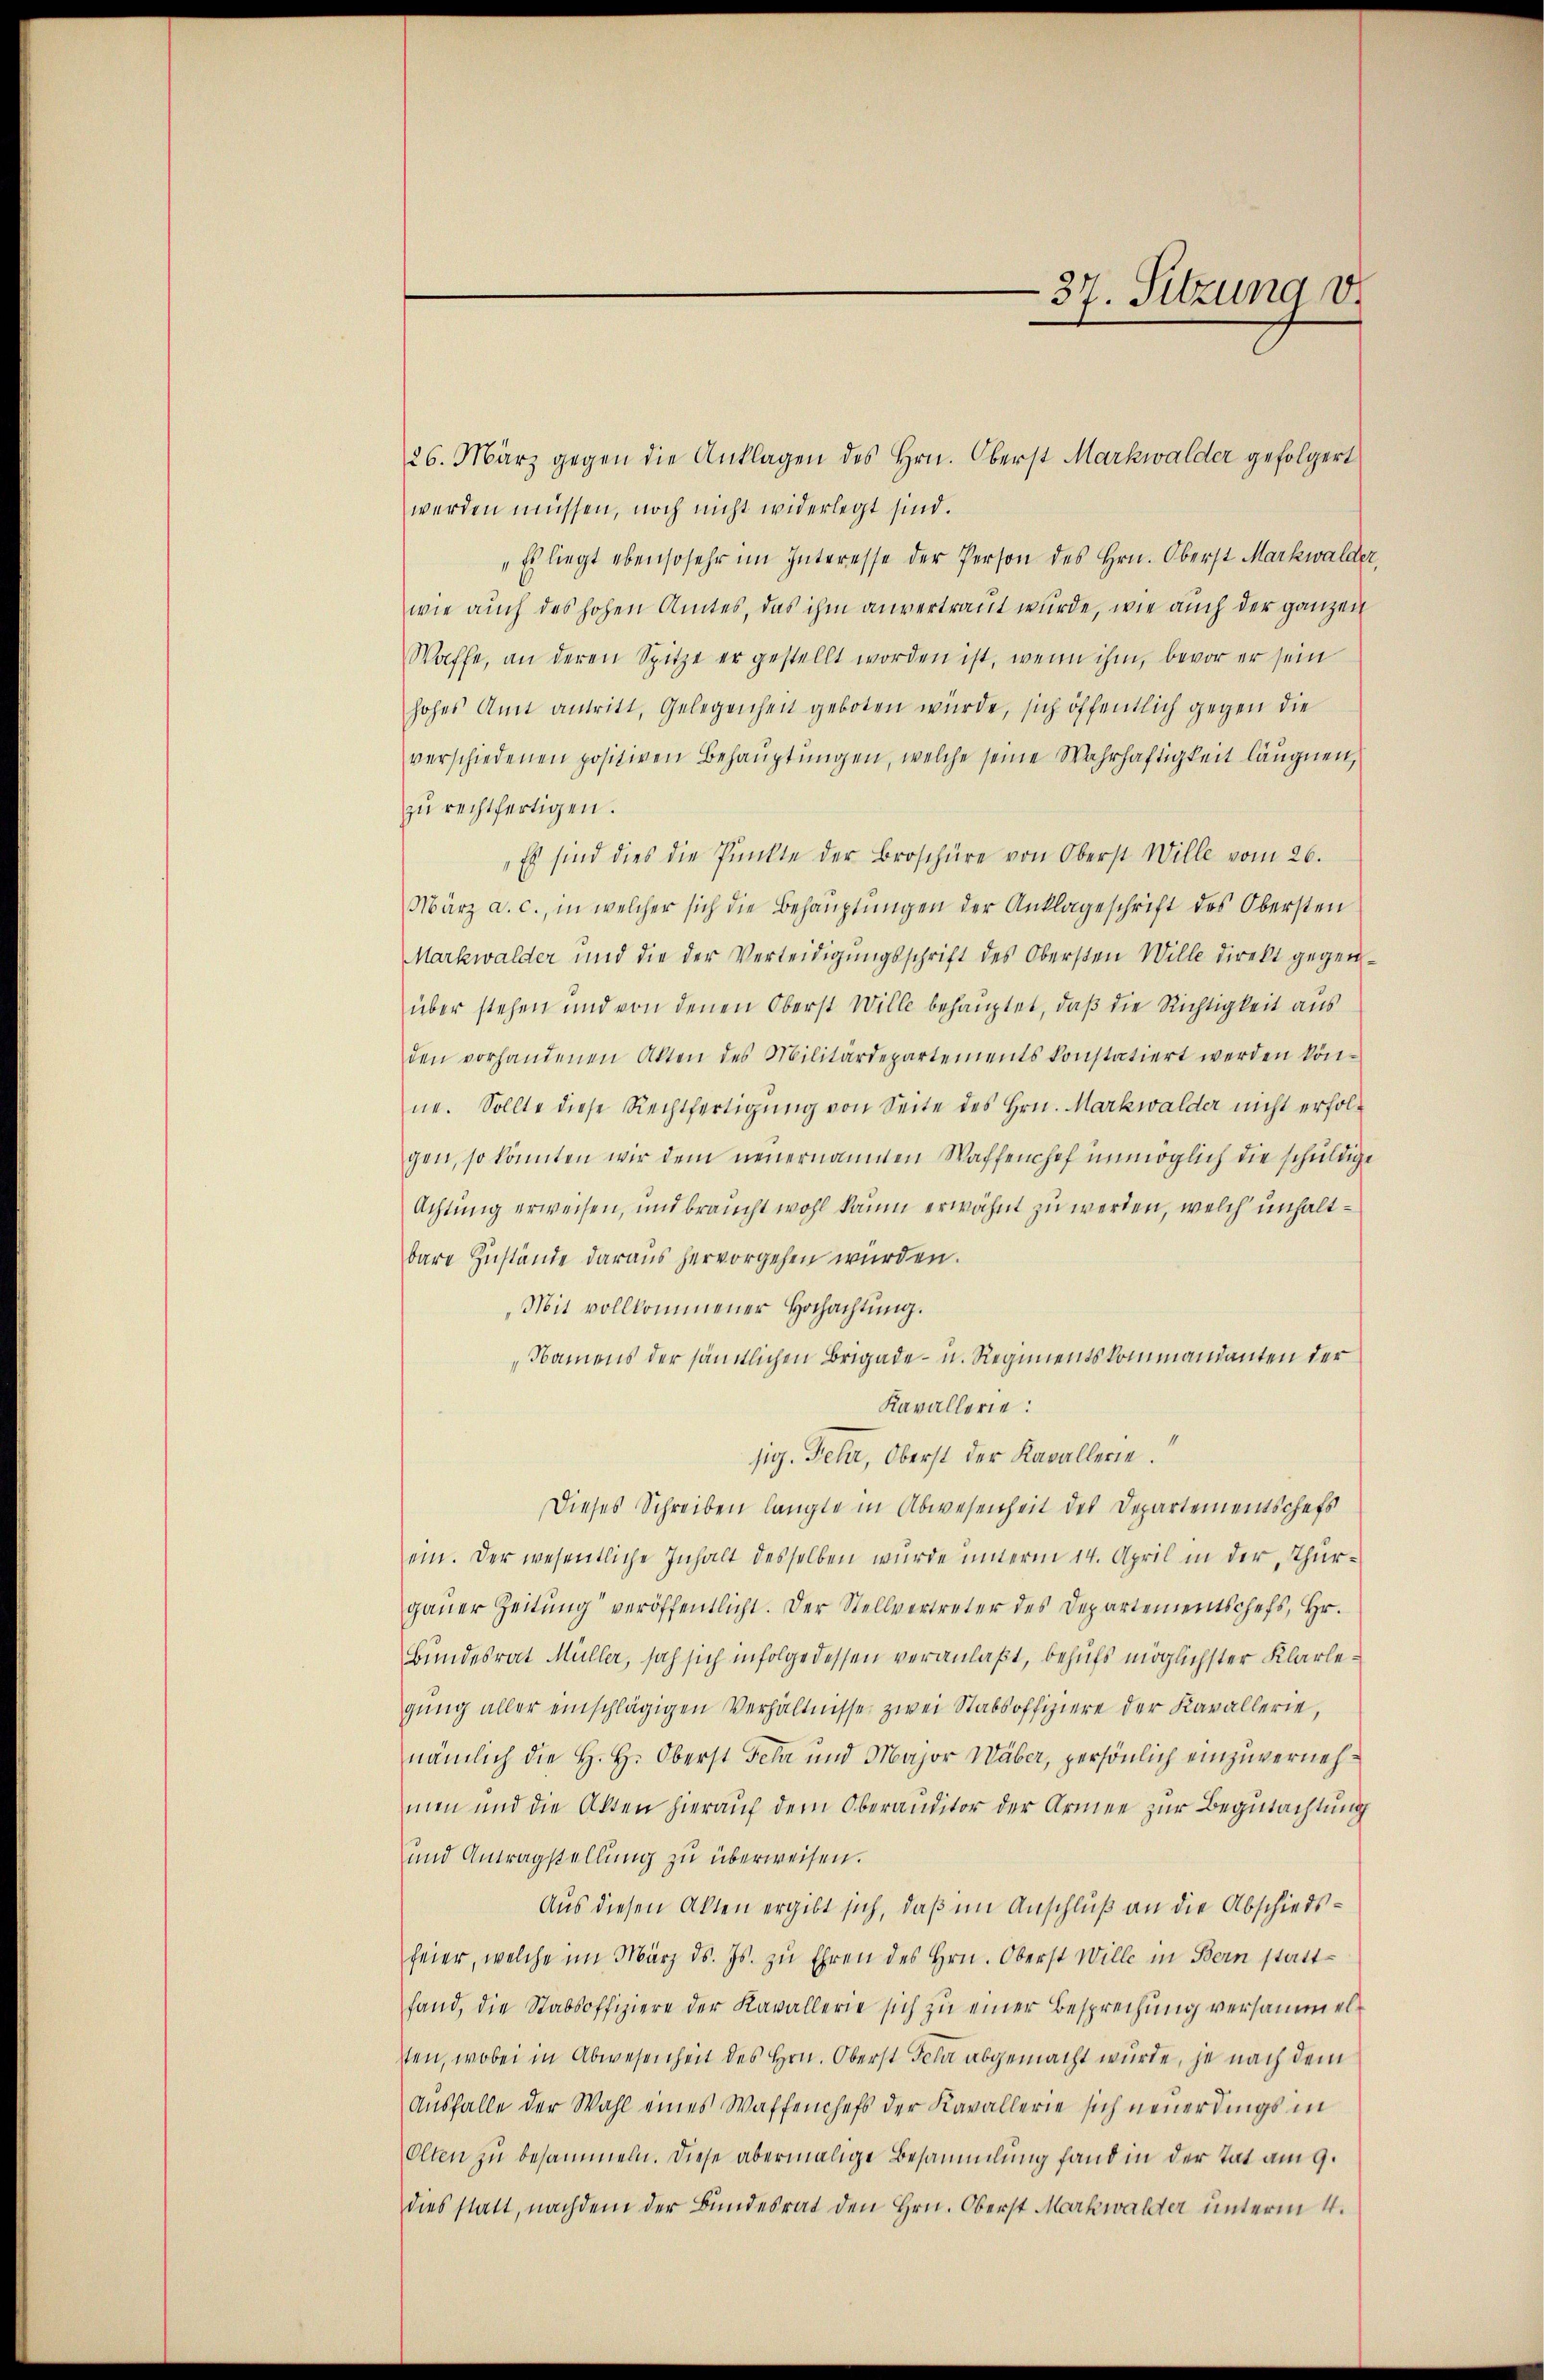
-37. Sitzung v.

26. März gegen die Anklagen des Hrn. Oberst Markwalder gefolgert
werden müssen, noch nicht widerlegt sind.
"Es liegt ebensosehr im Interesse der Person des Hrn. Oberst Markwalder,
wie auch des hohen Amtes, das ihm anvertraut wurde, wie auch der ganzen
Waffe, an deren Spitze er gestellt worden ist, wenn ihm, bevor er sein
hohes Amt antritt, Gelegenheit geboten würde, sich öffentlich gegen die
verschiedenen positiven Behaŭptŭngen, welche seine Wahrhaftigkeit läugnen,
zŭ rechtfertigen.
Es sind dies die Pŭnkte der Broschüre von Oberst Wille vom 26.
März a. c., in welcher sich die Behauptungen der Anklageschrift des Obersten
Markwalder und die der Verleidigŭngsschrift des Obersten Wille direkt gegen-
über stehen und von denen Oberst Wille behauptet, daβ die Richtigkeit aus
den vorhandenen Akten des Militärdepartements konstatiert werden kön-
ne. Sollte diese Rechtfertigŭng von Seite des Hrn. Markwalder nicht erfolgen, so könnten wir dem neuernommen Waffenchef unmöglich die schuldige
Achtung erweisen, und braucht wohl kaum erwähnt zu werden, welch unhaltbare Zustände daraus hervorgehen würden.
„Mit vollkommener Hochachtung.
Namens der sämtlichen Brigade- u. Regimentskommandanten der
Kavallerie:
sig. Fehr, Oberst der Kavallerie.
Dieses Schreiben langte in Abwesenheit des Departementschefs
ein. Der wesentliche Inhalt desselben wurde unterm 14. April in der Thurgaŭer Zeitŭng veröffentlicht. Der Stellvertreter des Departementschefs, Hr.
Bundesrat Müller, sah sich infolge dessen veranlaßt, behufs möglichster Klarlegŭng aller einschlägigen Verhältnisse zwei Stabsoffiziere der Kavallerie,
nämlich die H. H. Oberst Fela und Major Waber, persönlich einzuvernehmen und die Akten hierauf dem Oberanditor der Armee zur Begutachtung
und Antragstellung zu überweisen.
Aus diesen Akten ergibt sich, daß im Anschluß an die Abschiedsfeier, welche im März ds. Js. zŭ Ehren des Hrn. Oberst Wille in Bern statt-
fand, die Stabsoffiziere der Kavallerie sich zu einer Besprechung versammelsten, wobei in Abwesenheit des Hrn. Oberst Fela abgemacht wurde, je nach dem
Ausfalle der Wahl eines Waffenchefs der Kavallerie sich neuerdings in
Olten zu besammeln. Diese abermalige Besammlung fand in der Tat am 9.
dies statt, nachdem der Bundesrat den Hrn. Oberst Markwalder unterm 4.